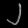
Digit: ၂